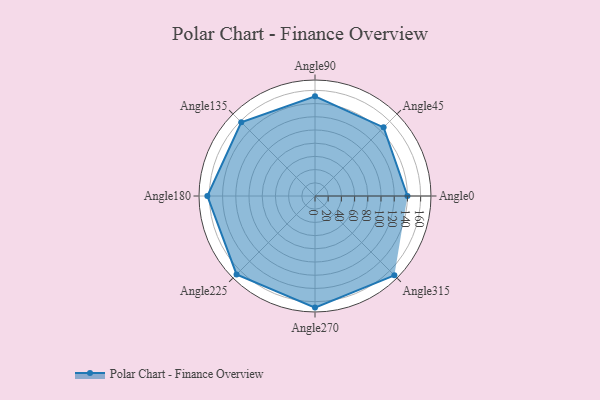
{"axis": {"x": "Angle", "y": "Radius"}, "legend": [""], "data": [{"x": "Angle0", "y": 140.0, "type": ""}, {"x": "Angle45", "y": 147.0, "type": ""}, {"x": "Angle90", "y": 151.0, "type": ""}, {"x": "Angle135", "y": 158.0, "type": ""}, {"x": "Angle180", "y": 163.0, "type": ""}, {"x": "Angle225", "y": 168.0, "type": ""}, {"x": "Angle270", "y": 169.0, "type": ""}, {"x": "Angle315", "y": 170, "type": ""}]}